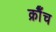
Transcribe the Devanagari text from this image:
क्रौँच